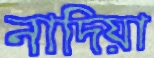
নাদিয়া